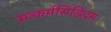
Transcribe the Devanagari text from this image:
सत्कर्मसिद्धिदम्